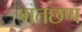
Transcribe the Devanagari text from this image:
मतछण